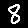
Digit: 8